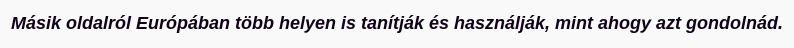
Másik oldalról Európában több helyen is tanítják és használják, mint ahogy azt gondolnád.